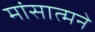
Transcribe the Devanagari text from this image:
मांसात्मने